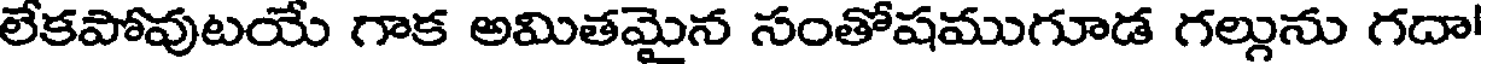
లేకపోవుటయే గాక అమితమైన సంతోషముగూడ గల్గును గదా